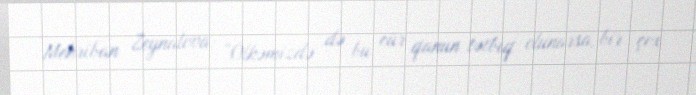
Mehriban Zeynalova: “Ölkəmizdə də bu cür qanun tətbiq olunarsa, bir çox